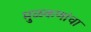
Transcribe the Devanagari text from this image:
मुळकणांचा